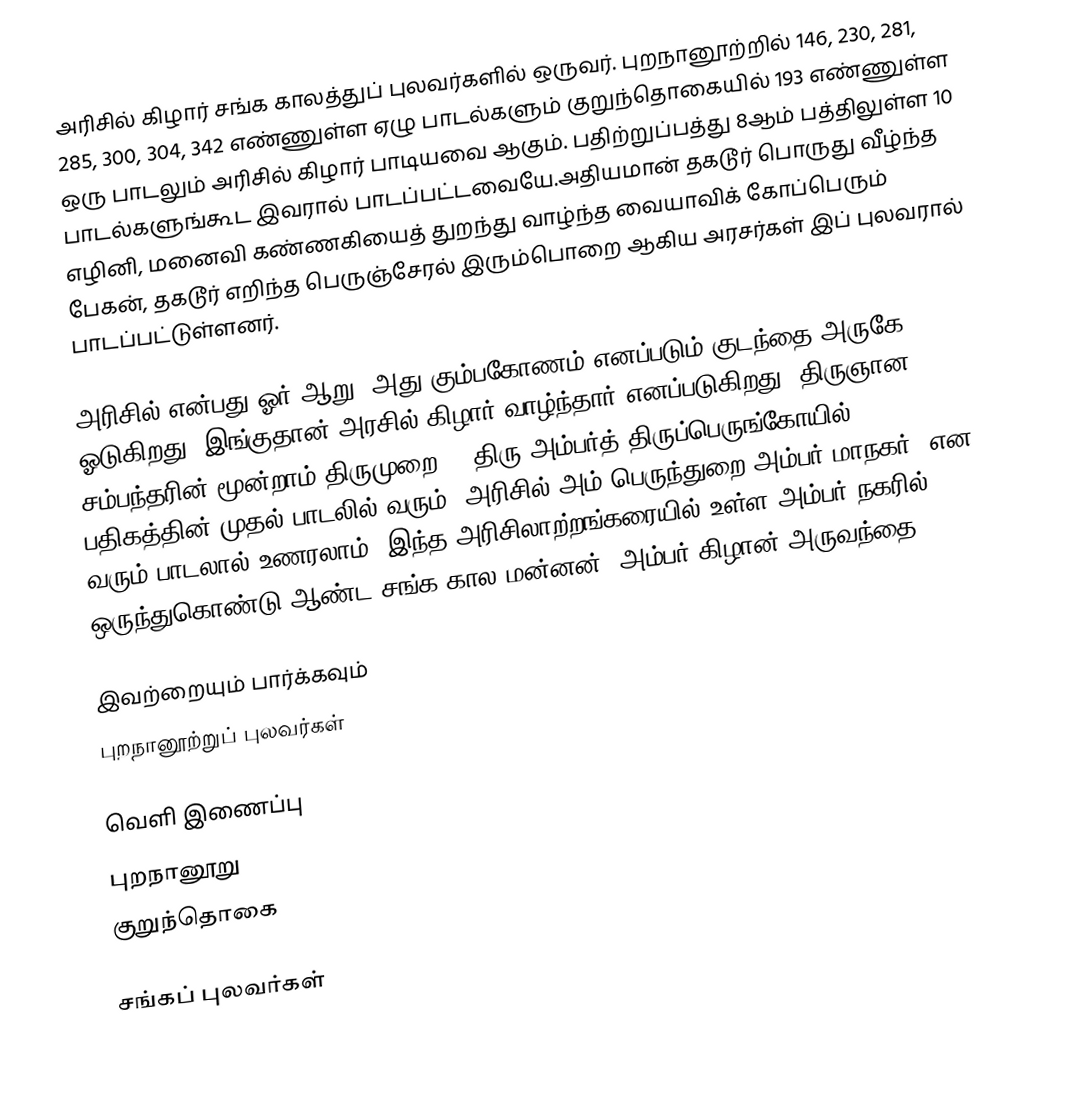
அரிசில் கிழார் சங்க காலத்துப் புலவர்களில் ஒருவர். புறநானூற்றில் 146, 230, 281, 285, 300, 304, 342 எண்ணுள்ள ஏழு பாடல்களும் குறுந்தொகையில் 193 எண்ணுள்ள ஒரு பாடலும் அரிசில் கிழார் பாடியவை ஆகும். பதிற்றுப்பத்து 8ஆம் பத்திலுள்ள 10 பாடல்களுங்கூட இவரால் பாடப்பட்டவையே.அதியமான் தகடூர் பொருது வீழ்ந்த எழினி, மனைவி கண்ணகியைத் துறந்து வாழ்ந்த வையாவிக் கோப்பெரும் பேகன், தகடூர் எறிந்த பெருஞ்சேரல் இரும்பொறை ஆகிய அரசர்கள் இப் புலவரால் பாடப்பட்டுள்ளனர்.

அரிசில் என்பது ஓர் ஆறு. அது கும்பகோணம் எனப்படும் குடந்தை அருகே ஓடுகிறது. இங்குதான் அரசில் கிழார் வாழ்ந்தார் எனப்படுகிறது. திருஞான சம்பந்தரின் மூன்றாம் திருமுறை 19 திரு அம்பர்த் திருப்பெருங்கோயில் பதிகத்தின் முதல் பாடலில் வரும் 'அரிசில் அம் பெருந்துறை அம்பர் மாநகர்' என வரும் பாடலால் உணரலாம். இந்த அரிசிலாற்றங்கரையில் உள்ள அம்பர் நகரில் ஒருந்துகொண்டு ஆண்ட சங்க கால மன்னன் 'அம்பர் கிழான் அருவந்தை'

இவற்றையும் பார்க்கவும்
 புறநானூற்றுப் புலவர்கள்

வெளி இணைப்பு
 புறநானூறு
 குறுந்தொகை

சங்கப் புலவர்கள்